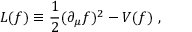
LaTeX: { \cal L } ( f ) \equiv { \frac { 1 } { 2 } } ( \partial _ { \mu } f ) ^ { 2 } - V ( f ) \ ,